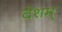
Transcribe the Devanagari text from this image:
देशम्‌